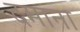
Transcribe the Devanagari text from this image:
दमाना